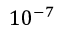
1 0 ^ { - 7 }